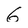
Character: 6